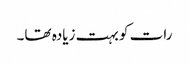
رات کو بہت زیادہ تھا۔